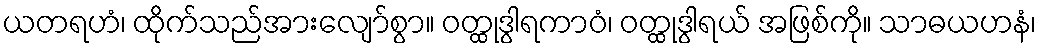
ယတရဟံ၊ ထိုက်သည်အားလျော်စွာ။ ဝတ္ထုဒွါရကာဝံ၊ ဝတ္ထုဒွါရယ် အဖြစ်ကို။ သာဓယဟနံ၊